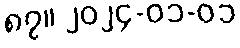
၈၇။ ၂၀၂၄-၀၁-၀၁